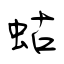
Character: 蛄